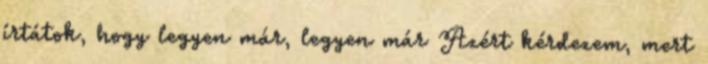
írtátok, hogy legyen már, legyen már Azért kérdezem, mert